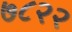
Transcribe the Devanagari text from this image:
७८२२